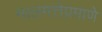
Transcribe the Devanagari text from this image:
मालमत्तेप्रमाणे